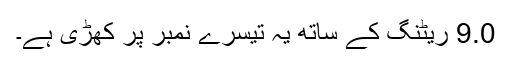
9.0 ریٹنگ کے ساتھ یہ تیسرے نمبر پر کھڑی ہے۔